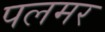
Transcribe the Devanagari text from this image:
पलमर